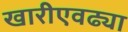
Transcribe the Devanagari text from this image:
खारीएवढ्या